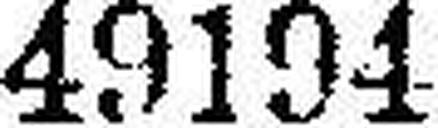
49194